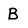
Character: B